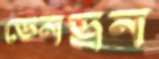
ডেনড্রন